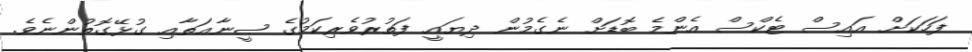
ފަހަކަށް އައިސް ޓެކްސް އެންމެ ބޮޑަށް ނެގެމުން ދިޔައީ ފަތުރުވެރިކަމުގެ ޞީނާޢަތާއި ގުޅޭގޮތުންނެވެ.